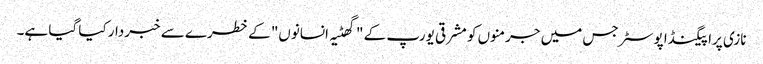
نازی پراپیگنڈا پوسٹر جس میں جرمنوں کو مشرقی یورپ کے "گھٹیہ انسانوں" کے خطرے سے خبردار کیا گیا ہے۔